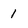
Character: 1